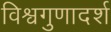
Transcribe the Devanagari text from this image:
विश्वगुणादर्श